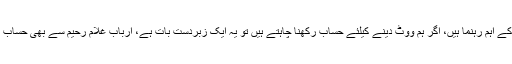
جی ڈی اے کے اہم رہنما ہیں، اگر ہم ووٹ دینے کیلئے حساب رکھنا چاہتے ہیں تو یہ ایک زبردست بات ہے، ارباب غلام رحیم سے بھی حساب ہونا چاہیئے۔